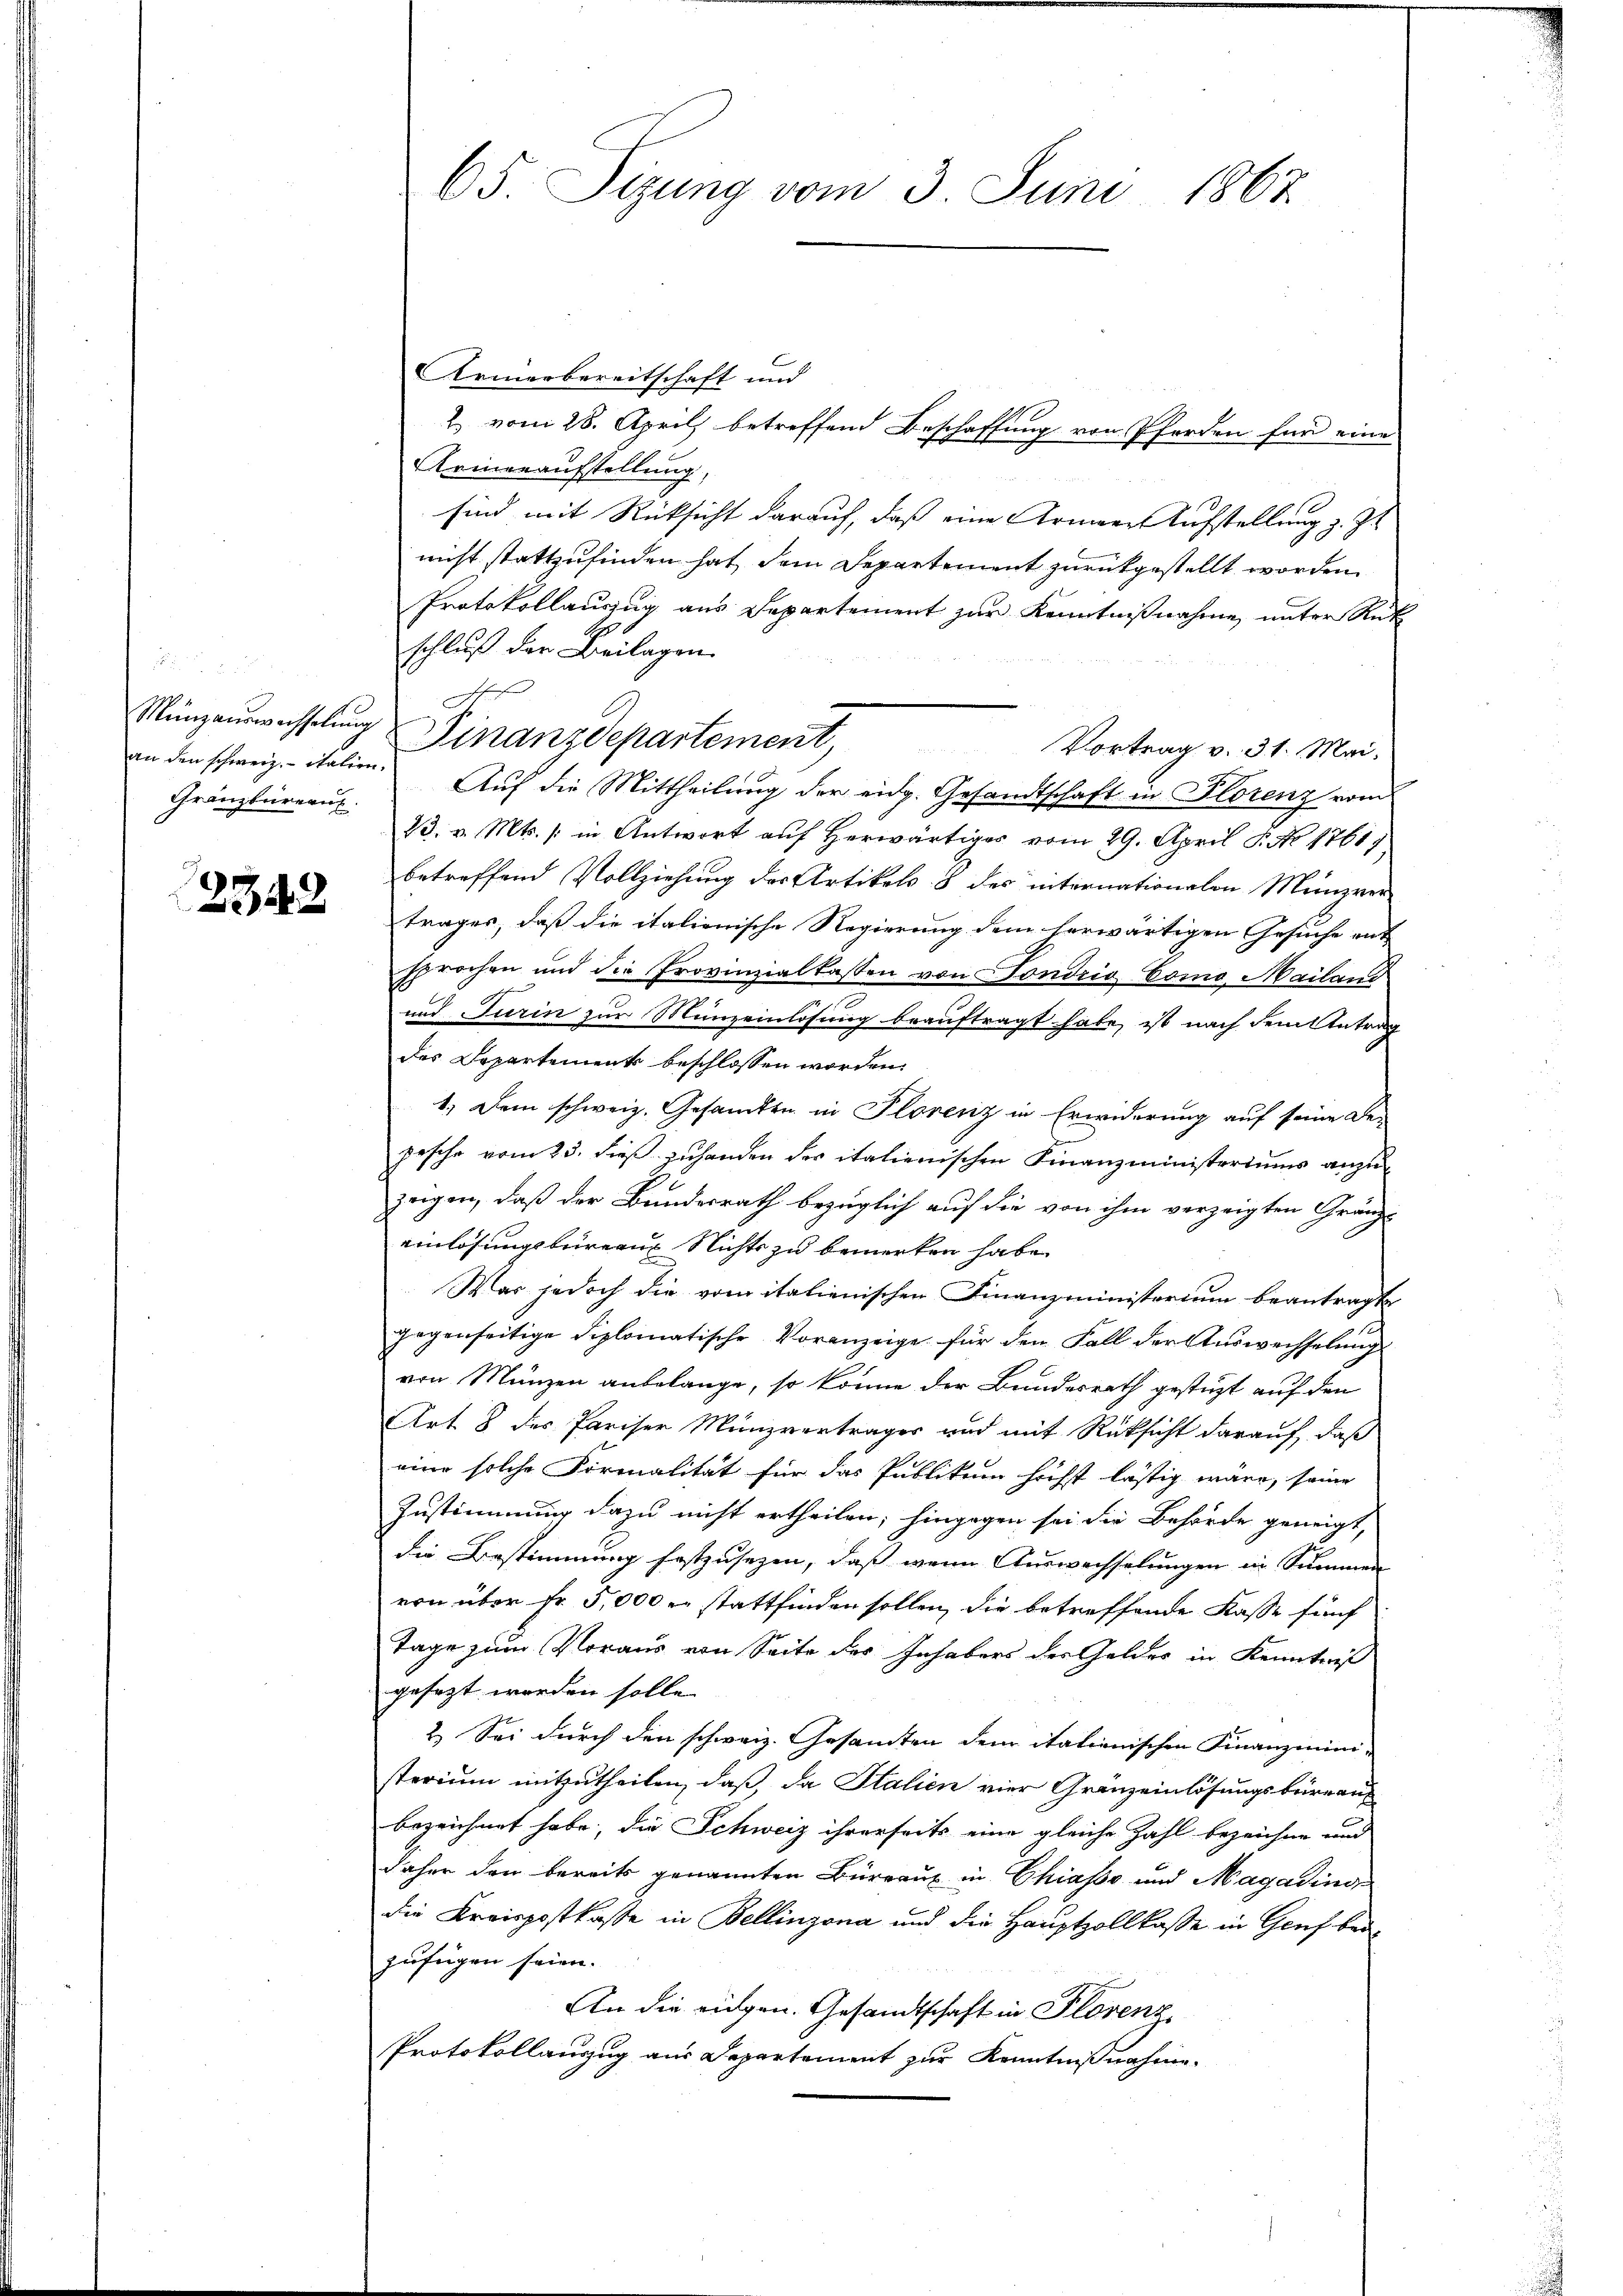
Gränzbüreaux

2342

Armerbereitschaft und
2 vom 28. April betreffend Beschaffung von Pferden für eine
Armenaufstellung,
sind mit Rücksicht darauf, daß eine Armeen Aufstellung z. Zt
nicht stattzufinden hat, dem Departement zurückgestellt worden.
Protokollauszug aus Departement zur Kenntnißnahme, unter Rük
schluß der Beilagen

Vortrag v. 31. Mai.
an den schweiz. italien. Aŭf die Mittheilŭng der eidg. Gesandtschaft in Florenz vom
23. v. Mts. s. in Antwort auf herwärtiges vom 29. April P. No 1761),
betreffend Vollziehung der Artikels & des internationalen Menzver
trages, daß die italienische Regierung dem herwärtigen Gesuche ent
sprochen und die Provinzialtasten von Fondrio Como Mailand
und Turin zur Münzeinlösung beauftragt habe, ist nach dem Antrag
des Departement beschlossen worden.
1.) Dem schweiz. Gesandte in Plorenz in Erwiderung auf seine Be-
pesche vom 23. dieß zuhanden der italienischen Finanzministeriums anzuzeigen, daß der Bundesrath bezüglich auf die von ihm verzeigten Gränz-
einlösungsbureaus Nichts zu bemerken habe.
Was jedoch die vom italienischen Finanzministerium beantragt
gegenseitige diplomatische Voranzeige für den Fall der Auswechselung
von Münzen anbelange, so könne der Bundesrath gestüzt auf den
Art 8 des Pariser Münzvertrages und mit Rüksicht darauf, daß
eine solche Formalität für das Publikum höchst lästig wäre, seine
Zustimmung dazu nicht ertheilen; hingegen sei die Behörde geneigt,
die Bestimmung festzusetzen, daß wenn Auswechselungen in Summen
von über Fr. 5,000 er stattfinden sollen, die betreffende Kasse fünf
Tage zum Voraus von Seite des Inhabers des Geldes in Kenntniß
gesezt worden solle.
2. Sei durch den schweiz. Gesamten dem italienischen Finanzministerium mitzutheilen, daß, da Italien vier Gränzeinlösungsbüreau
bezeichnet habe, die Schweiz ihrerseits eine gleiche Zahl bezeichne und
Jaher den bereits genannten Büreaux in Chiasso und Magadinddie Kreispostkasse in Bellinzona und die Hauptzollkasse in Geich bede
zufügen seien.
An die eingen. Gesandtschaft in Plorenz,
Protokollanzug aus Departement zur Kenntnißnahme.

65. Sizung vom 3. Juni 1867

A
Münzauswechselung Finanzdepartement,